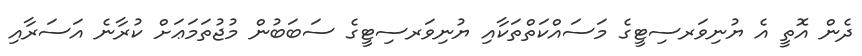
ދެން އޮތީ އެ ޔުނިވަރސިޓީގެ މަސައްކަތްތަކާއި ޔުނިވަރސިޓީގެ ސަބަބުން މުޖުތަމަޢަށް ކުރާނެ އަސަރާއި